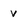
Character: v